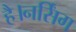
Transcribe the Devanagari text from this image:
है।नर्सिंग